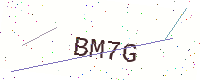
Text: BM7G